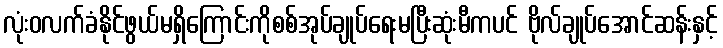
လုံးဝလက်ခံနိုင်ဖွယ်မရှိကြောင်းကိုစစ်အုပ်ချုပ်ရေးမပြီးဆုံးမီကပင် ဗိုလ်ချုပ်အောင်ဆန်းနှင့်